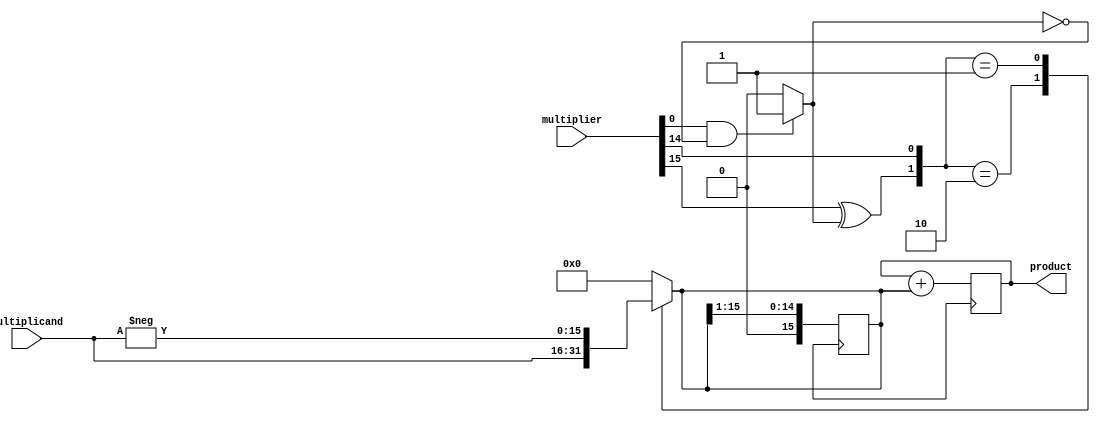
module booth_multiplier (
    input signed [15:0] multiplicand,
    input signed [15:0] multiplier,
    output reg signed [31:0] product
);

reg [15:0] partial_product;
reg [15:0] shifted_multiplier;
reg [2:0] booth_encoder;
reg sign_flag;

always @* begin
    booth_encoder[2] = multiplier[15] ^ sign_flag;
    booth_encoder[1] = multiplier[15:14];
    booth_encoder[0] = 1'b0;

    case (booth_encoder)
        3'b100: partial_product = multiplicand;
        3'b101: partial_product = multiplicand << 1;
        3'b111: partial_product = multiplicand << 2;
        3'b010: partial_product = -multiplicand;
        3'b011: partial_product = -multiplicand << 1;
        3'b001: partial_product = -multiplicand << 2;
        default: partial_product = 16'b0;
    endcase
end

always @* begin
    if (multiplier[0] == 1'b1 && sign_flag == 0) begin
        shifted_multiplier = {16'b0, -multiplier[15:0]};
        sign_flag = 1'b1;
    end else begin
        shifted_multiplier = {16'b0, multiplier[15:0]};
        sign_flag = 0;
    end
end

always @(posedge clk) begin
    product <= product + partial_product;
    partial_product <= partial_product >> 1;
    shifted_multiplier <= shifted_multiplier >> 1;
end

endmodule